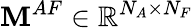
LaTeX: \mathbf{M}^{AF}\in\mathbb{R}^{N_{A}\times N_{F}}